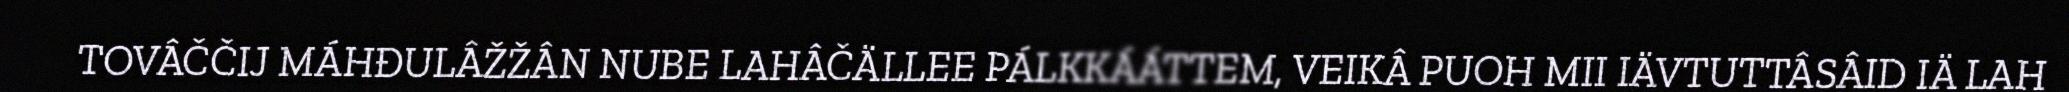
TOVÂČČIJ MÁHĐULÂŽŽÂN NUBE LAHÂČÄLLEE PÁLKKÁÁTTEM, VEIKÂ PUOH MII IÄVTUTTÂSÂID IÄ LAH